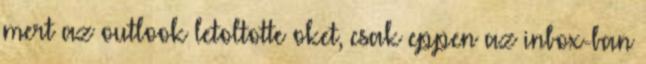
mert az outlook letoltotte oket, csak eppen az inbox-ban